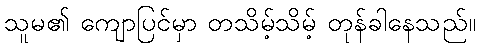
သူမ၏ ကျောပြင်မှာ တသိမ့်သိမ့် တုန်ခါနေသည်။